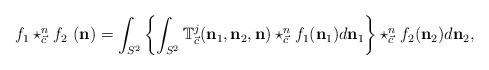
LaTeX: \begin{align*}f_{1}\star_{\vec{c}}^{n}f_{2}\ (\mathbf{n})=\int_{S^{2}}\left\{ \int_{S^{2}}\mathbb{T}_{\vec{c}}^{j}(\mathbf{n}_{1},\mathbf{n}_{2},\mathbf{n})\star_{\vec{c}}^{n}f_{1}(\mathbf{n}_{1})d\mathbf{n}_{1}\right\} \star_{\vec{c}}^{n}f_{2}(\mathbf{n}_{2})d\mathbf{n}_{2},\quad\quad\end{align*}